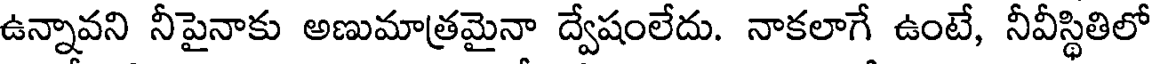
ఉన్నావని నీపైనాకు అణుమాత్రమైనా ద్వేషంలేదు. నాకలాగే ఉంటే, నీవీస్థితిలో